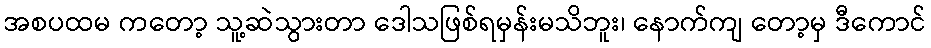
အစပထမ ကတော့ သူ့ဆဲသွားတာ ဒေါသဖြစ်ရမှန်းမသိဘူး၊ နောက်ကျ တော့မှ ဒီကောင်